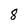
Character: 8